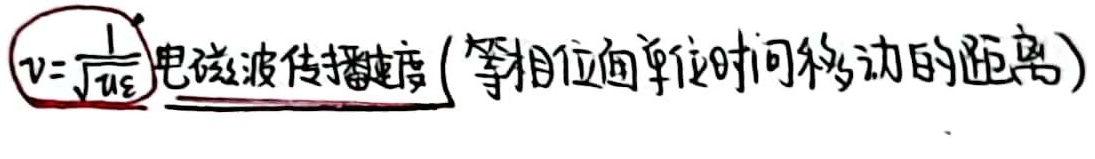
电磁波传播速度（等相位面单位时间移动的距离）：\(v = \frac{1}{\sqrt{\mu\varepsilon}}\)